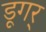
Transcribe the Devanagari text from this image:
डूगर्